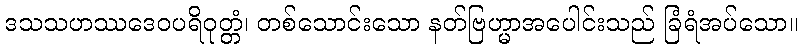
ဒသသဟဿဒေဝပရိဝုတ္တံ၊ တစ်သောင်းသော နတ်ဗြဟ္မာအပေါင်းသည် ခြံရံအပ်သော။